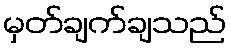
မှတ်ချက်ချသည်